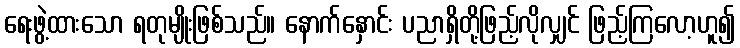
ရေးဖွဲ့ထားသော ရတုမျိုးဖြစ်သည်။ နောက်နှောင်း ပညာရှိတို့ဖြည့်လိုလျှင် ဖြည့်ကြလော့ဟူ၍